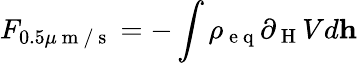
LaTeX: F_{0.5\mu\mathrm{~m~/~s~}}=-\int\rho_{\mathrm{~e~q~}}\partial_{\mathrm{~H~}}Vd\textbf{h}